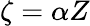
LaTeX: \zeta=\alpha Z